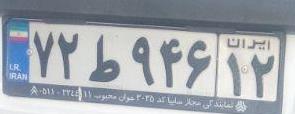
۷۲ط۹۴۶۱۲